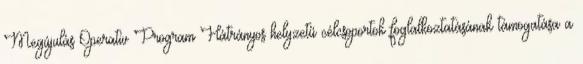
Megújulás Operatív Program Hátrányos helyzetű célcsoportok foglalkoztatásának támogatása a